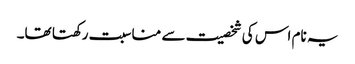
یہ نام اس کی شخصیت سے مناسبت رکھتا تھا۔